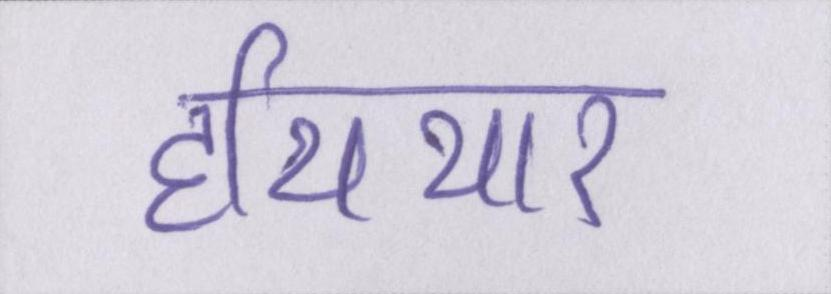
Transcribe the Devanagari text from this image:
हथियार